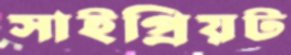
সাইপ্রিয়ট